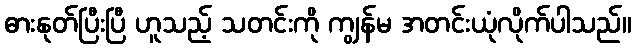
ဓားနုတ်ပြီးပြီ ဟူသည့် သတင်းကို ကျွန်မ အတင်းယုံလိုက်ပါသည်။